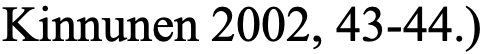
Kinnunen 2002, 43-44.)